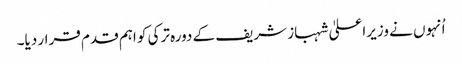
اُنہوں نے وزیراعلیٰ شہباز شریف کے دورہ ترکی کو اہم قدم قرار دیا۔